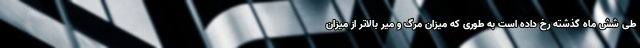
طی شش ماه گذشته رخ داده است به طوری که میزان مرگ و میر بالاتر از میزان